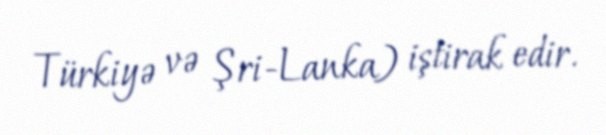
Türkiyə və Şri-Lanka) iştirak edir.